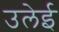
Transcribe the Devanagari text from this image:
उलेई